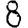
Digit: 8